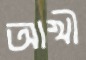
আখী